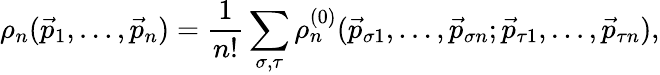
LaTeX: \rho_{n}(\vec{p}_{1},\ldots,\vec{p}_{n})=\frac{1}{n!}\sum_{\sigma,\tau}\rho_{n}^{(0)}(\vec{p}_{\sigma 1},\ldots,\vec{p}_{\sigma n};\vec{p}_{\tau 1},\ldots,\vec{p}_{\tau n}),